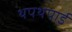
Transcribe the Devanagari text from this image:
थपथपाई